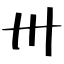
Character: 卅